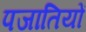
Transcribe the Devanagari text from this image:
पजातियों